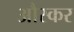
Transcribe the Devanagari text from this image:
औस्कर